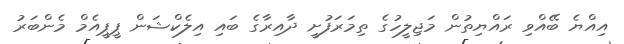
އިއްޔެ ބޭއްވި ރައްޔިތުން މަޖިލީހުގެ ތިމަރަފުށީ ދާއިރާގެ ބައި އިލެކްޝަން ޕީޕީއެމް މެންބަރު